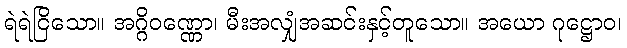
ရဲရဲငြိသော။ အဂ္ဂိဝဏ္ဏော၊ မီးအလျှံအဆင်းနှင့်တူသော။ အယော ဂုဋ္ဌောဝ၊